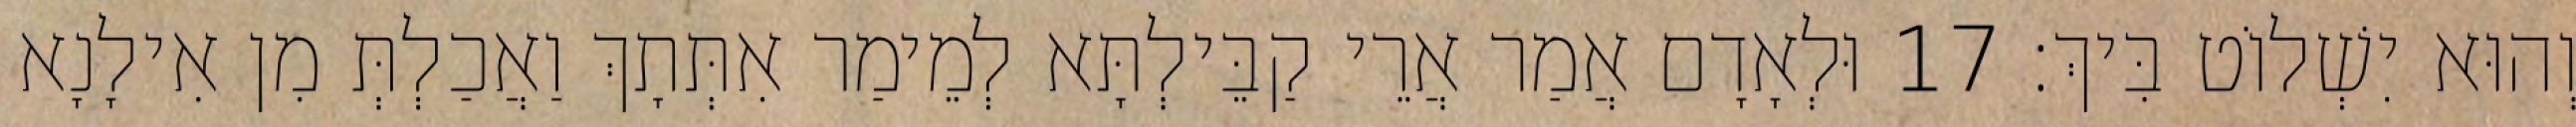
וְהוּא יִשְׁלוֹט בִּיךְ׃ 17 וּלְאָדָם אֲמַר אֲרֵי קַבֵּילְתָּא לְמֵימַר אִתְּתָךְ וַאֲכַלְתְּ מִן אִילָנָא